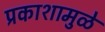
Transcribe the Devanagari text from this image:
प्रकाशामुळे